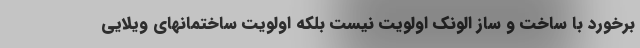
برخورد با ساخت و ساز الونک اولویت نیست بلکه اولویت ساختمانهای ویلایی